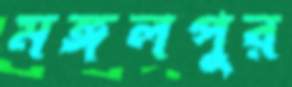
মঙ্গলপুর